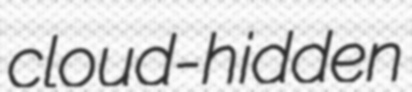
cloud-hidden